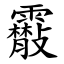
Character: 䨷